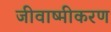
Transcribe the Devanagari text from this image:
जीवाष्मीकरण